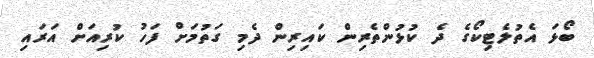
ބޯޅަ އެތުލެޓިކޯގެ ދެ ކުޅުންތެރިން ކައިރިން ދެމި ގަތުމަށް ފަހު ކުރިއަށް އަރައި